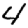
Digit: 4